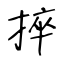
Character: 捽